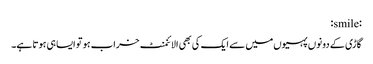
:smile:
گاڑی کے دونوں پہیوں‌میں سے ایک کی بھی الائنمنٹ خراب ہو تو ایسا ہی ہوتا ہے۔